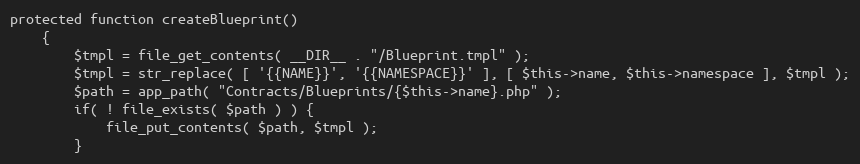
Language: PHP
protected function createBlueprint()
	{
		$tmpl = file_get_contents( __DIR__ . "/Blueprint.tmpl" );
		$tmpl = str_replace( [ '{{NAME}}', '{{NAMESPACE}}' ], [ $this->name, $this->namespace ], $tmpl );
		$path = app_path( "Contracts/Blueprints/{$this->name}.php" );
		if( ! file_exists( $path ) ) {
			file_put_contents( $path, $tmpl );
		}